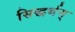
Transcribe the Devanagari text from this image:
सिद्धर्थम्